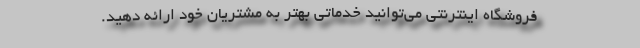
فروشگاه اینترنتی می‌توانید خدماتی بهتر به مشتریان خود ارائه دهید.